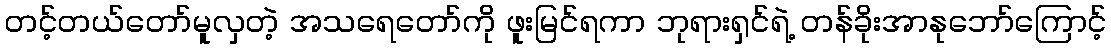
တင့်တယ်တော်မူလှတဲ့ အသရေတော်ကို ဖူးမြင်ရကာ ဘုရားရှင်ရဲ့ တန်ခိုးအာနုဘော်ကြောင့်